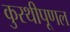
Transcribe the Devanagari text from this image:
कुरथीपूणल